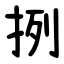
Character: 挒